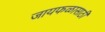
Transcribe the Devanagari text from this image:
जायफळासाठी